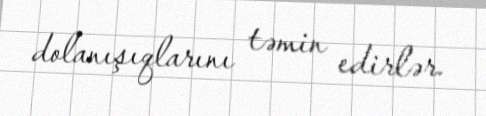
dolanışıqlarını təmin edirlər.